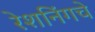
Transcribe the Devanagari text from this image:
रेशनिंगचे